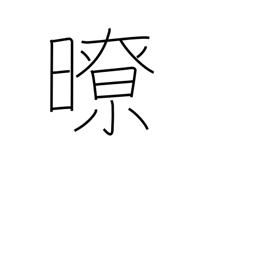
Meaning: clear